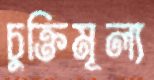
চুক্তিমূল্য